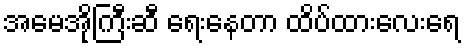
အမေအိုကြီးဆီ ရေးနေတာ ထိပ်ထားလေးရေ